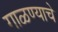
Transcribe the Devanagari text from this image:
गाळण्याचे